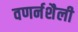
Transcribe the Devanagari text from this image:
वणर्नशैली